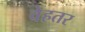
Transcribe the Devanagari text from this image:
वेहतर